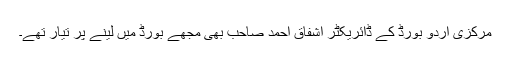
مرکزی اردو بورڈ کے ڈائریکٹر اشفاق احمد صاحب بھی مجھے بورڈ میں لینے پر تیار تھے۔